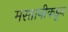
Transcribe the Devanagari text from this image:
मस्तानीकडून